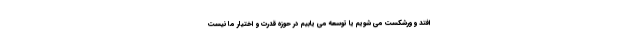
افتد و ورشکست می شویم یا توسعه می یابیم در حوزه قدرت و اختیار ما نیست